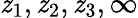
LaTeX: \mathit{z}_{1},\mathit{z}_{2},\mathit{z}_{3},\infty